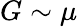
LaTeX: G\sim\mu